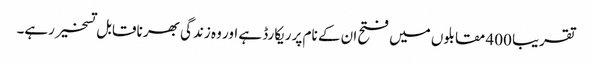
تقریبا 400 مقابلوں میں فتح ان کے نام پر ریکارڈ ہے اور وہ زندگی بھر ناقابل تسخیر رہے۔